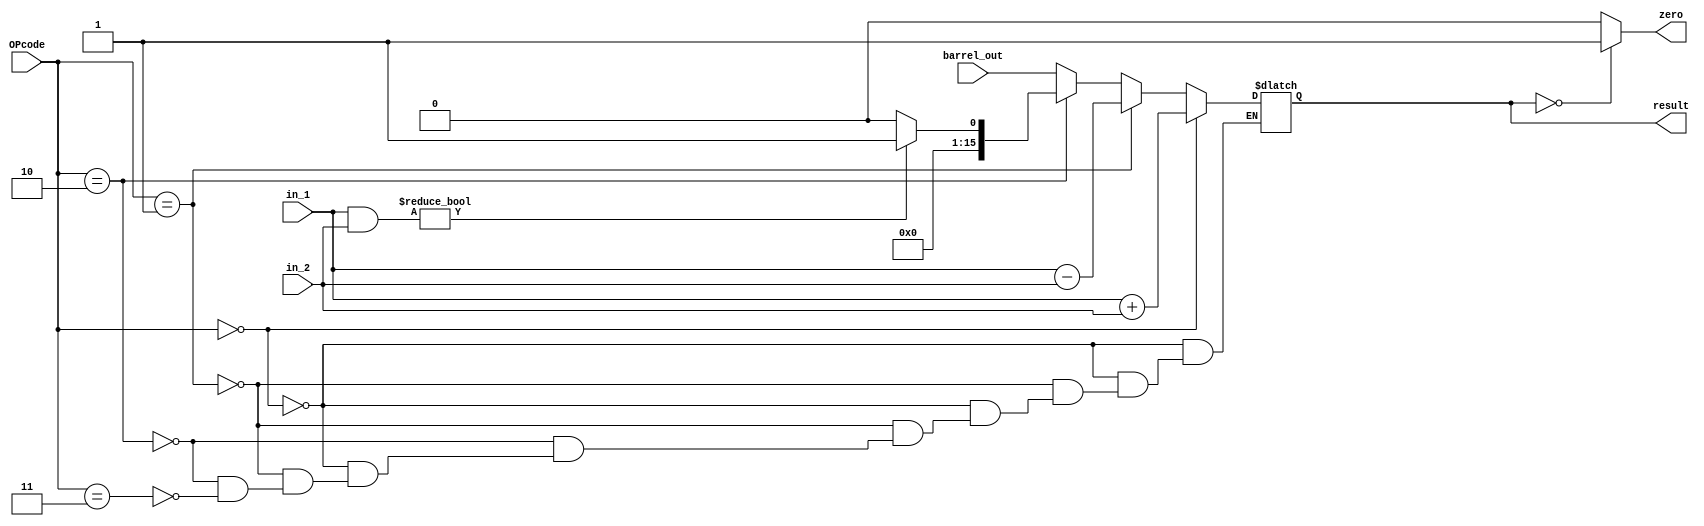
module ULAn (in_1, in_2, barrel_out, OPcode, result, zero);
	input [15:0] in_1, in_2, barrel_out;
	input  [1:0]OPcode;
	output reg [15:0] result;
	output reg zero;
	
	always@(*) begin
		if(OPcode == 2'b00) //add
			result = (in_1 + in_2);
		else if(OPcode == 2'b01)// sub
			result = (in_1 - in_2);
		else if (OPcode == 2'b10) begin // and
			if (in_1 & in_2) begin // and
				result = 16'b0000000000000001;
			end
			else begin
				result = 16'b0000000000000000;
			end
		end
		else if (OPcode == 2'b11) begin // saida do barrel shifter
			result = barrel_out;
		end
	end
	
	always@(*) begin
		if(result == 0) begin // zero = 1, se o resultado da operacao for 0
			zero = 1'b1;
		end
		else begin
			zero = 1'b0;
		end
	end
endmodule